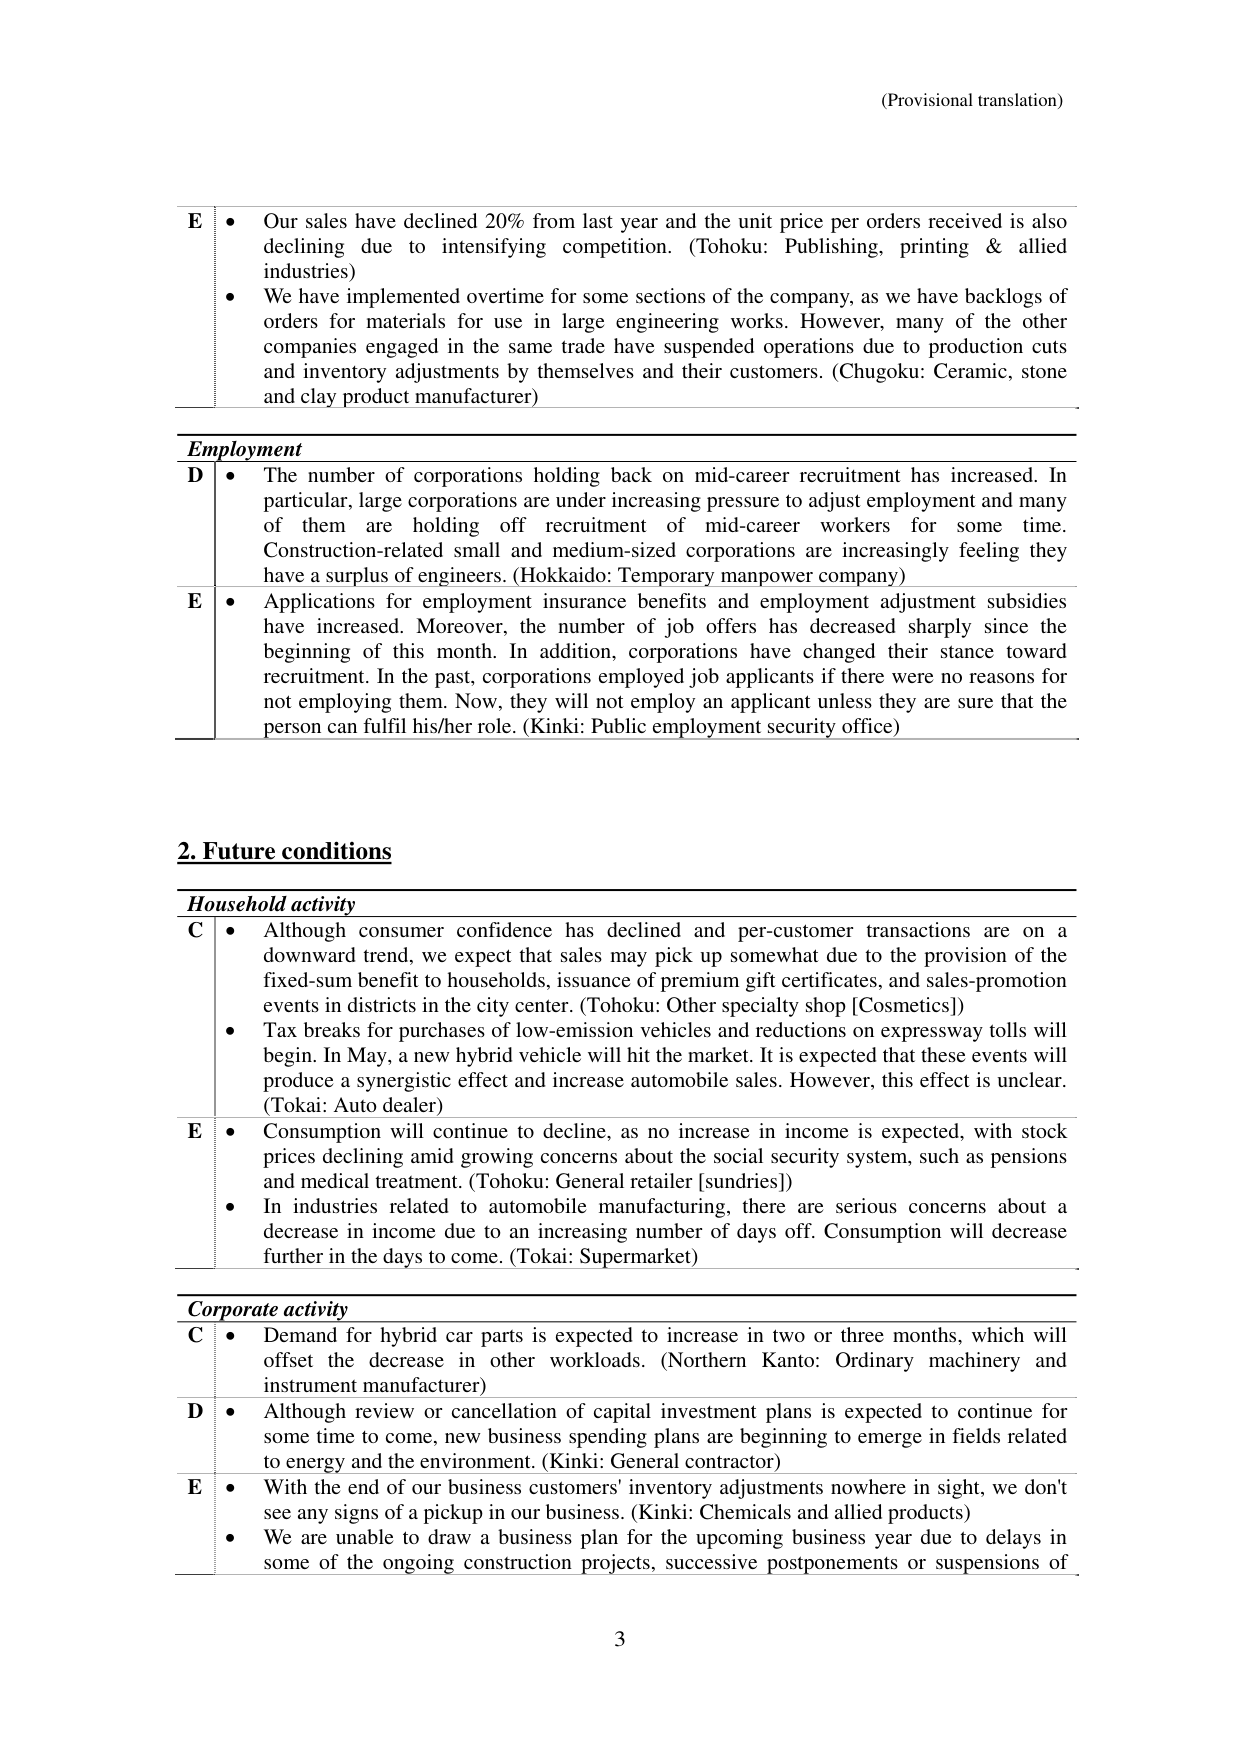
(Provisional translation)

E • Our sales have declined 20% from last year and the unit price per orders received is also declining due to intensifying competition. (Tohoku: Publishing, printing & allied industries)
• We have implemented overtime for some sections of the company, as we have backlogs of orders for materials for use in large engineering works. However, many of the other companies engaged in the same trade have suspended operations due to production cuts and inventory adjustments by themselves and their customers. (Chugoku: Ceramic, stone and clay product manufacturer)

Employment
D • The number of corporations holding back on mid-career recruitment has increased. In particular, large corporations are under increasing pressure to adjust employment and many of them are holding off recruitment of mid-career workers for some time. Construction-related small and medium-sized corporations are increasingly feeling they have a surplus of engineers. (Hokkaido: Temporary manpower company)
E • Applications for employment insurance benefits and employment adjustment subsidies have increased. Moreover, the number of job offers has decreased sharply since the beginning of this month. In addition, corporations have changed their stance toward recruitment. In the past, corporations employed job applicants if there were no reasons for not employing them. Now, they will not employ an applicant unless they are sure that the person can fulfil his/her role. (Kinki: Public employment security office)

2. Future conditions

Household activity
C • Although consumer confidence has declined and per-customer transactions are on a downward trend, we expect that sales may pick up somewhat due to the provision of the fixed-sum benefit to households, issuance of premium gift certificates, and sales-promotion events in districts in the city center. (Tohoku: Other specialty shop [Cosmetics])
• Tax breaks for purchases of low-emission vehicles and reductions on expressway tolls will begin. In May, a new hybrid vehicle will hit the market. It is expected that these events will produce a synergistic effect and increase automobile sales. However, this effect is unclear. (Tokai: Auto dealer)
E • Consumption will continue to decline, as no increase in income is expected, with stock prices declining amid growing concerns about the social security system, such as pensions and medical treatment. (Tohoku: General retailer [sundries])
• In industries related to automobile manufacturing, there are serious concerns about a decrease in income due to an increasing number of days off. Consumption will decrease further in the days to come. (Tokai: Supermarket)

Corporate activity
C • Demand for hybrid car parts is expected to increase in two or three months, which will offset the decrease in other workloads. (Northern Kanto: Ordinary machinery and instrument manufacturer)
D • Although review or cancellation of capital investment plans is expected to continue for some time to come, new business spending plans are beginning to emerge in fields related to energy and the environment. (Kinki: General contractor)
E • With the end of our business customers' inventory adjustments nowhere in sight, we don't see any signs of a pickup in our business. (Kinki: Chemicals and allied products)
• We are unable to draw a business plan for the upcoming business year due to delays in some of the ongoing construction projects, successive postponements or suspensions of

3